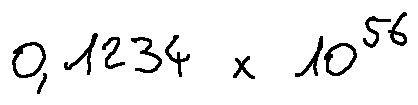
0 , 1 2 3 4 \times 1 0 ^ { 5 6 }